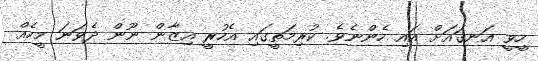
ހީވީ އަނގައަށް އައި ހެންނެވެ. ކުރިމަތީގައި އެހުރީ އިޒާން ނޫން ދެވަނަ މީހެއް